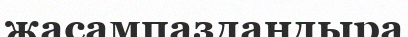
жасампаздандыра